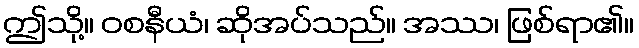
ဤသို့။ ဝစနီယံ၊ ဆိုအပ်သည်။ အဿ၊ ဖြစ်ရာ၏။